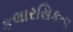
કલારસિકતા